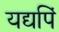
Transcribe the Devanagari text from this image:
यद्यपिं